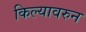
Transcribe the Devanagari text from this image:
किल्यावरुन